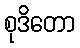
စုဒိတော